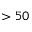
> 5 0